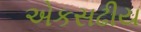
એકસઢીય